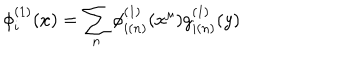
\phi _ { i } ^ { ( 1 ) } ( x ) = \sum _ { n } \phi _ { i ( n ) } ^ { ( 1 ) } ( x ^ { \mu } ) g _ { i ( n ) } ^ { ( 1 ) } ( y )